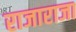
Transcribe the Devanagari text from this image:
राजाराजा